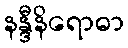
နန္ဒီနိရောဓာ